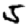
Digit: 5